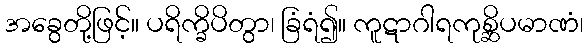
အခွေတို့ဖြင့်။ ပရိက္ခိပိတွာ၊ ခြံရံ၍။ ကူဋာဂါရကုစ္ဆိပမာဏံ၊